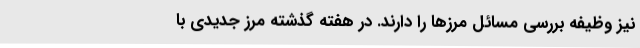
نیز وظیفه بررسی مسائل مرزها را دارند. در هفته گذشته مرز جدیدی با